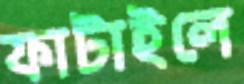
ফাটাইলে